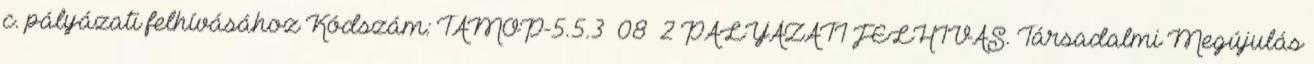
c. pályázati felhívásához Kódszám: TÁMOP-5.5.3 08 2 PÁLYÁZATI FELHÍVÁS. Társadalmi Megújulás